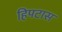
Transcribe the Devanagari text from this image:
हिपटास